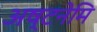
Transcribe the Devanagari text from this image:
अष्टनेमि